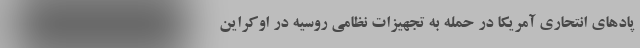
پاد‌های انتحاری آمریکا در حمله به تجهیزات نظامی روسیه در اوکراین